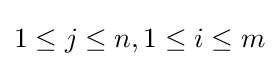
1\leq j\leq n,1\leq i\leq m